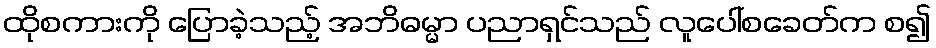
ထိုစကားကို ပြောခဲ့သည့် အဘိဓမ္မာ ပညာရှင်သည် လူပေါ်စခေတ်က စ၍